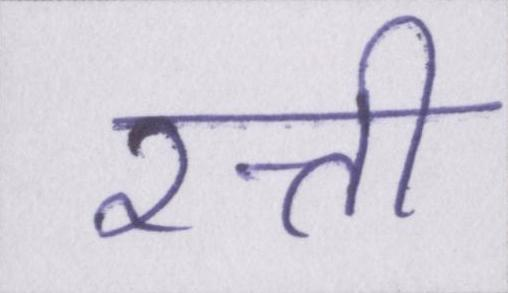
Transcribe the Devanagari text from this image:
रत्ती